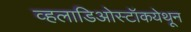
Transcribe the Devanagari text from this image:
व्हलाडिओस्टॉकयेथून